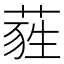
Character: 𦷃